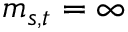
m _ { s , t } = \infty